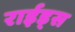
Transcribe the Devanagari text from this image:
राईड्स